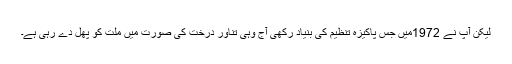
لیکن آپ نے 1972میں جس پاکیزہ تنظیم کی بنیاد رکھی آج وہی تناور درخت کی صورت میں ملت کو پھل دے رہی ہے۔